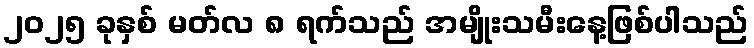
၂၀၂၅ ခုနှစ် မတ်လ ၈ ရက်သည် အမျိုးသမီးနေ့ဖြစ်ပါသည်